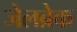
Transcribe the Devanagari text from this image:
जेलब्रेक